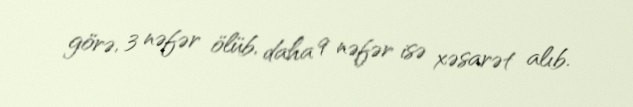
görə, 3 nəfər ölüb, daha 9 nəfər isə xəsarət alıb.